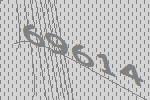
69614